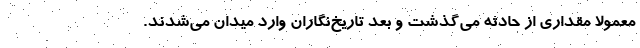
معمولا مقداری از حادثه می‌گذشت و بعد تاریخ‌نگاران وارد میدان می‌شدند.